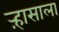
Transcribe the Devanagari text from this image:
ऱ्हासाला